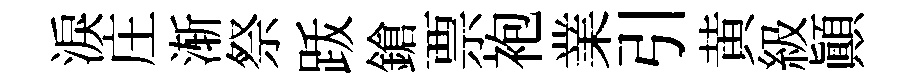
淚庄渐祭䟦鎗票袍業引黄級顚